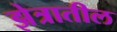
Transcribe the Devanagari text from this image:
झेत्रातील